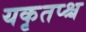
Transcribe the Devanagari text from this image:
यकृतप्श्च